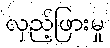
လှည့်ဖြားမှု